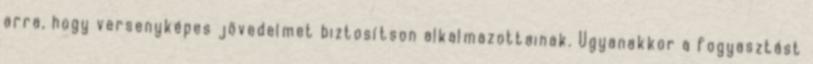
arra, hogy versenyképes jövedelmet biztosítson alkalmazottainak. Ugyanakkor a fogyasztást